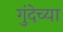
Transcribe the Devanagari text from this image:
गुंदेच्या